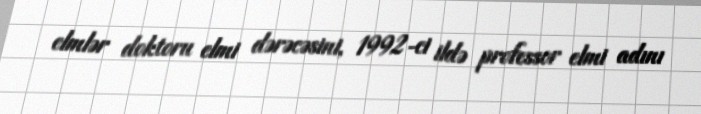
elmlər doktoru elmi dərəcəsini, 1992‐ci ildə professor elmi adını